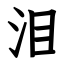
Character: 泪